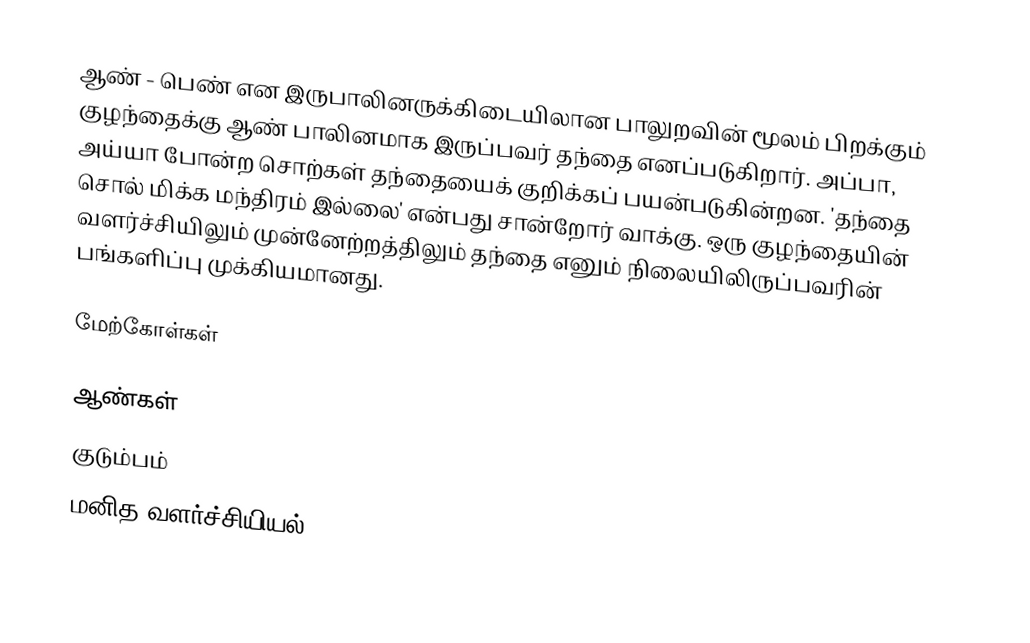
ஆண் - பெண் என இருபாலினருக்கிடையிலான பாலுறவின் மூலம் பிறக்கும் குழந்தைக்கு ஆண் பாலினமாக இருப்பவர் தந்தை எனப்படுகிறார். அப்பா, அய்யா போன்ற சொற்கள் தந்தையைக் குறிக்கப் பயன்படுகின்றன. 'தந்தை சொல் மிக்க மந்திரம் இல்லை' என்பது சான்றோர் வாக்கு. ஒரு குழந்தையின் வளர்ச்சியிலும் முன்னேற்றத்திலும் தந்தை எனும் நிலையிலிருப்பவரின் பங்களிப்பு முக்கியமானது.

மேற்கோள்கள்

ஆண்கள்
குடும்பம்
மனித வளர்ச்சியியல்